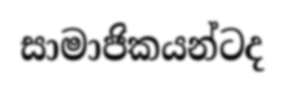
සාමාජිකයන්ටද